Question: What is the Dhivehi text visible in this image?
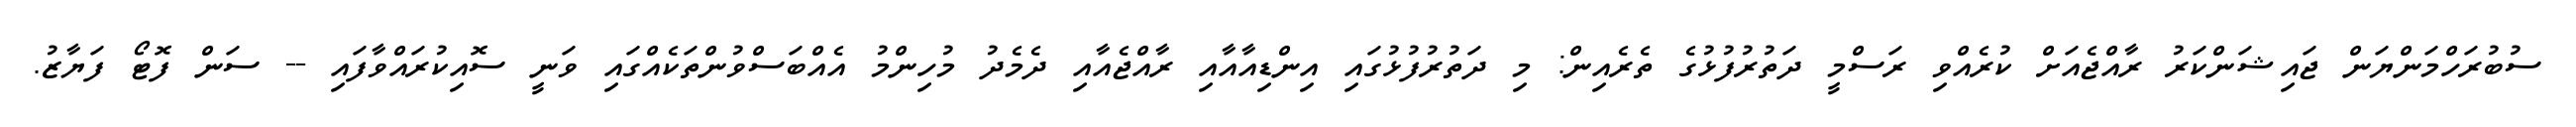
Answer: ސުބުރަހްމަންޔަން ޖައިޝަންކަރު ރާއްޖެއަށް ކުރެއްވި ރަސްމީ ދަތުރުފުޅުގެ ތެރެއިން: މި ދަތުރުފުޅުގައި އިންޑިއާއާއި ރާއްޖެއާއި ދެމެދު މުހިންމު އެއްބަސްވުންތަކެއްގައި ވަނީ ސޮއިކުރައްވާފައި -- ސަން ފޮޓޯ ފަޔާޒު.